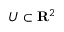
U \subset \mathbf { R } ^ { 2 }